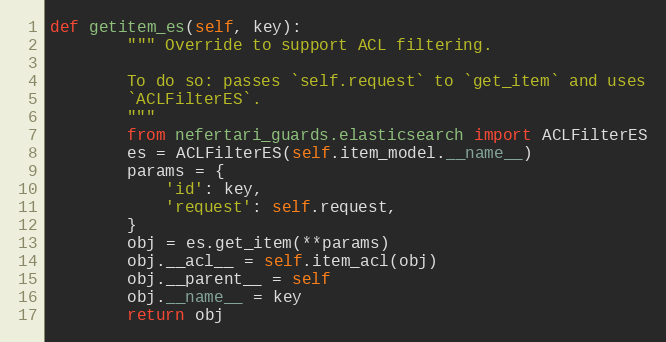
Language: Python
def getitem_es(self, key):
        """ Override to support ACL filtering.

        To do so: passes `self.request` to `get_item` and uses
        `ACLFilterES`.
        """
        from nefertari_guards.elasticsearch import ACLFilterES
        es = ACLFilterES(self.item_model.__name__)
        params = {
            'id': key,
            'request': self.request,
        }
        obj = es.get_item(**params)
        obj.__acl__ = self.item_acl(obj)
        obj.__parent__ = self
        obj.__name__ = key
        return obj